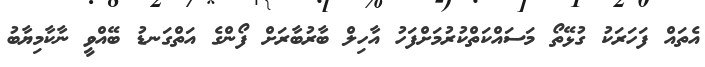
އެތައް ފަހަރަކު ގުޅޭތޯ މަސައްކަތްކުރުމަށްފަހު އާހިލް ބާރުބާރަށް ފޯންގެ އަތްގަނޑު ބޭއްވީ ނާކާމިޔާބު